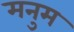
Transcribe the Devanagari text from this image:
मनुम